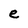
Character: e